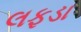
લફડા